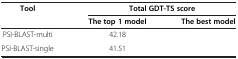
<table><thead><tr><td><b>Tool</b></td><td colspan="2"><b>Total GDT-TS score</b></td></tr><tr><td>[EMPTY_CELL]</td><td><b>The top 1 model</b></td><td><b>The best model</b></td></tr></thead><tbody><tr><td>PSI-BLAST-multi</td><td>42.18</td><td>[EMPTY_CELL]</td></tr><tr><td>PSI-BLAST-single</td><td>41.51</td><td>[EMPTY_CELL]</td></tr></tbody></table>